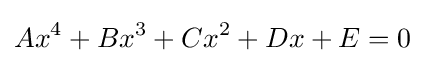
Ax^{4}+Bx^{3}+Cx^{2}+Dx+E=0